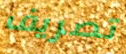
تصريف